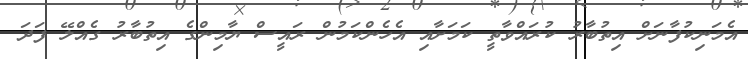
އެމަނިކުފާނަށް އިތުބާރު ކުރައްވާތީ ކަމަށާއި އެހެންކަމުން ރައީސް ޔާމިންގެ އިތުބާރު ގެއްލޭ ފަދަ